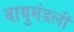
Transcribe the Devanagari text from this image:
वायुमंडली